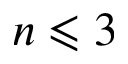
n \leqslant 3